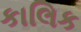
કાલિક